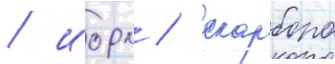
/ иорк / скарборо